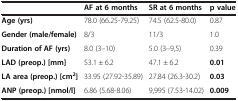
<table><thead><tr><td><b> </b></td><td><b>AF at 6 months</b></td><td><b>SR at 6 months</b></td><td><b>p value</b></td></tr></thead><tbody><tr><td><b>Age (yrs)</b></td><td>78.0 (66.25-79.25)</td><td>74.5 (62.5-80.0)</td><td>0.87</td></tr><tr><td><b>Gender (male/female)</b></td><td>8/3</td><td>11/3</td><td>1.0</td></tr><tr><td><b>Duration of AF (yrs)</b></td><td>8.0 (3–10)</td><td>5.0 (3–9,5)</td><td>0.39</td></tr><tr><td><b>LAD (preop.) [mm]</b></td><td>53.1 ± 6.2</td><td>47.1 ± 6.2</td><td><b>0.01</b></td></tr><tr><td><b>LA area (preop.) [cm</b><sup><b>2</b></sup><b>]</b></td><td>33.95 (27.92-35.89)</td><td>27.84 (26.3-30.2)</td><td><b>0.03</b></td></tr><tr><td><b>ANP (preop.) [nmol/l]</b></td><td>6.86 (5.68-8.06)</td><td>9,995 (7.53-14.02)</td><td><b>0.009</b></td></tr></tbody></table>